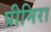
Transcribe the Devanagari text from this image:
प्रीमिरा